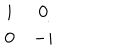
LaTeX: \begin{array} { c c } { { i } } & { { 0 } } \\ { { 0 } } & { { - i } } \\ \end{array}